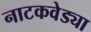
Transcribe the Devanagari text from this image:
नाटकवेड्या